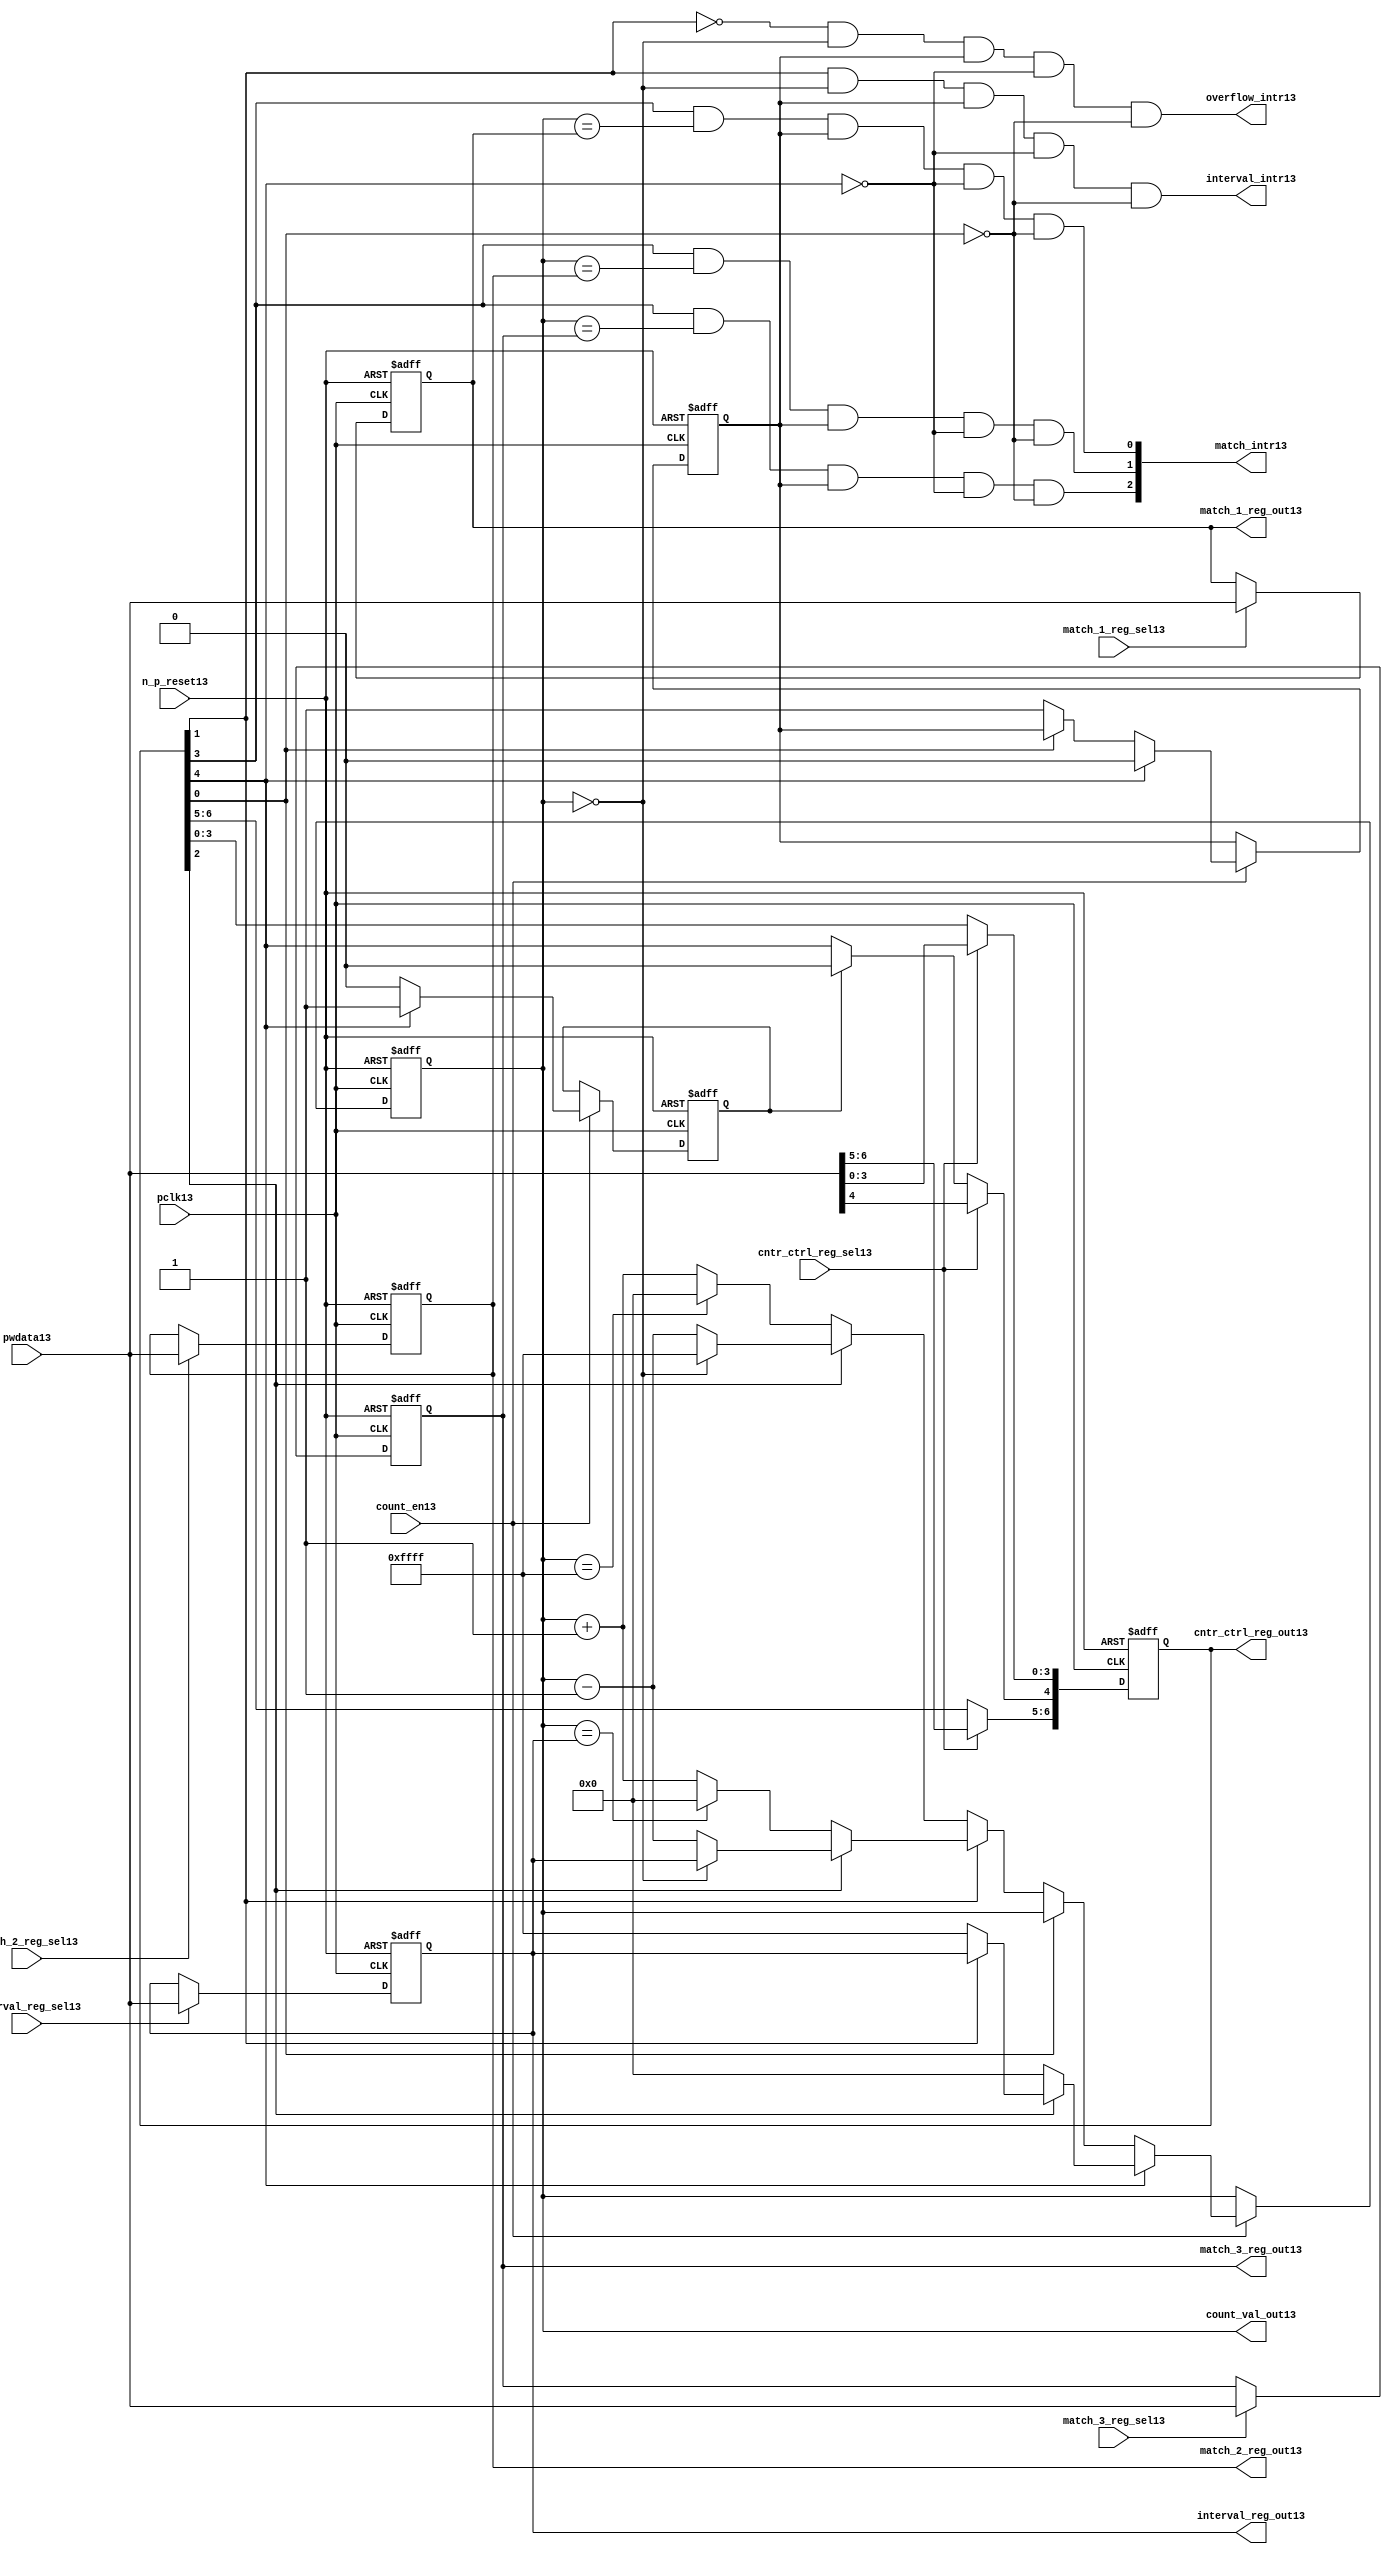
//File13 name   : ttc_counter_lite13.v
//Title13       : 
//Created13     : 1999
//Description13 :The counter can increment and decrement.
//   In increment mode instead of counting13 to its full 16 bit
//   value the counter counts13 up to or down from a programmed13 interval13 value.
//   Interrupts13 are issued13 when the counter overflows13 or reaches13 it's interval13
//   value. In match mode if the count value equals13 that stored13 in one of three13
//   match registers an interrupt13 is issued13.
//Notes13       : 
//----------------------------------------------------------------------
//   Copyright13 1999-2010 Cadence13 Design13 Systems13, Inc13.
//   All Rights13 Reserved13 Worldwide13
//
//   Licensed13 under the Apache13 License13, Version13 2.0 (the
//   "License13"); you may not use this file except13 in
//   compliance13 with the License13.  You may obtain13 a copy of
//   the License13 at
//
//       http13://www13.apache13.org13/licenses13/LICENSE13-2.0
//
//   Unless13 required13 by applicable13 law13 or agreed13 to in
//   writing, software13 distributed13 under the License13 is
//   distributed13 on an "AS13 IS13" BASIS13, WITHOUT13 WARRANTIES13 OR13
//   CONDITIONS13 OF13 ANY13 KIND13, either13 express13 or implied13.  See
//   the License13 for the specific13 language13 governing13
//   permissions13 and limitations13 under the License13.
//----------------------------------------------------------------------
//


module ttc_counter_lite13(

  //inputs13
  n_p_reset13,    
  pclk13,          
  pwdata13,              
  count_en13,
  cntr_ctrl_reg_sel13, 
  interval_reg_sel13,
  match_1_reg_sel13,
  match_2_reg_sel13,
  match_3_reg_sel13,         

  //outputs13    
  count_val_out13,
  cntr_ctrl_reg_out13,
  interval_reg_out13,
  match_1_reg_out13,
  match_2_reg_out13,
  match_3_reg_out13,
  interval_intr13,
  match_intr13,
  overflow_intr13

);


//--------------------------------------------------------------------
// PORT DECLARATIONS13
//--------------------------------------------------------------------

   //inputs13
   input          n_p_reset13;         //reset signal13
   input          pclk13;              //System13 Clock13
   input [15:0]   pwdata13;            //6 Bit13 data signal13
   input          count_en13;          //Count13 enable signal13
   input          cntr_ctrl_reg_sel13; //Select13 bit for ctrl_reg13
   input          interval_reg_sel13;  //Interval13 Select13 Register
   input          match_1_reg_sel13;   //Match13 1 Select13 register
   input          match_2_reg_sel13;   //Match13 2 Select13 register
   input          match_3_reg_sel13;   //Match13 3 Select13 register

   //outputs13
   output [15:0]  count_val_out13;        //Value for counter reg
   output [6:0]   cntr_ctrl_reg_out13;    //Counter13 control13 reg select13
   output [15:0]  interval_reg_out13;     //Interval13 reg
   output [15:0]  match_1_reg_out13;      //Match13 1 register
   output [15:0]  match_2_reg_out13;      //Match13 2 register
   output [15:0]  match_3_reg_out13;      //Match13 3 register
   output         interval_intr13;        //Interval13 interrupt13
   output [3:1]   match_intr13;           //Match13 interrupt13
   output         overflow_intr13;        //Overflow13 interrupt13

//--------------------------------------------------------------------
// Internal Signals13 & Registers13
//--------------------------------------------------------------------

   reg [6:0]      cntr_ctrl_reg13;     // 5-bit Counter13 Control13 Register
   reg [15:0]     interval_reg13;      //16-bit Interval13 Register 
   reg [15:0]     match_1_reg13;       //16-bit Match_113 Register
   reg [15:0]     match_2_reg13;       //16-bit Match_213 Register
   reg [15:0]     match_3_reg13;       //16-bit Match_313 Register
   reg [15:0]     count_val13;         //16-bit counter value register
                                                                      
   
   reg            counting13;          //counter has starting counting13
   reg            restart_temp13;   //ensures13 soft13 reset lasts13 1 cycle    
   
   wire [6:0]     cntr_ctrl_reg_out13; //7-bit Counter13 Control13 Register
   wire [15:0]    interval_reg_out13;  //16-bit Interval13 Register 
   wire [15:0]    match_1_reg_out13;   //16-bit Match_113 Register
   wire [15:0]    match_2_reg_out13;   //16-bit Match_213 Register
   wire [15:0]    match_3_reg_out13;   //16-bit Match_313 Register
   wire [15:0]    count_val_out13;     //16-bit counter value register

//-------------------------------------------------------------------
// Assign13 output wires13
//-------------------------------------------------------------------

   assign cntr_ctrl_reg_out13 = cntr_ctrl_reg13;    // 7-bit Counter13 Control13
   assign interval_reg_out13  = interval_reg13;     // 16-bit Interval13
   assign match_1_reg_out13   = match_1_reg13;      // 16-bit Match_113
   assign match_2_reg_out13   = match_2_reg13;      // 16-bit Match_213 
   assign match_3_reg_out13   = match_3_reg13;      // 16-bit Match_313 
   assign count_val_out13     = count_val13;        // 16-bit counter value
   
//--------------------------------------------------------------------
// Assigning13 interrupts13
//--------------------------------------------------------------------

   assign interval_intr13 =  cntr_ctrl_reg13[1] & (count_val13 == 16'h0000)
      & (counting13) & ~cntr_ctrl_reg13[4] & ~cntr_ctrl_reg13[0];
   assign overflow_intr13 = ~cntr_ctrl_reg13[1] & (count_val13 == 16'h0000)
      & (counting13) & ~cntr_ctrl_reg13[4] & ~cntr_ctrl_reg13[0];
   assign match_intr13[1]  =  cntr_ctrl_reg13[3] & (count_val13 == match_1_reg13)
      & (counting13) & ~cntr_ctrl_reg13[4] & ~cntr_ctrl_reg13[0];
   assign match_intr13[2]  =  cntr_ctrl_reg13[3] & (count_val13 == match_2_reg13)
      & (counting13) & ~cntr_ctrl_reg13[4] & ~cntr_ctrl_reg13[0];
   assign match_intr13[3]  =  cntr_ctrl_reg13[3] & (count_val13 == match_3_reg13)
      & (counting13) & ~cntr_ctrl_reg13[4] & ~cntr_ctrl_reg13[0];


//    p_reg_ctrl13: Process13 to write to the counter control13 registers
//    cntr_ctrl_reg13 decode:  0 - Counter13 Enable13 Active13 Low13
//                           1 - Interval13 Mode13 =1, Overflow13 =0
//                           2 - Decrement13 Mode13
//                           3 - Match13 Mode13
//                           4 - Restart13
//                           5 - Waveform13 enable active low13
//                           6 - Waveform13 polarity13
   
   always @ (posedge pclk13 or negedge n_p_reset13)
   begin: p_reg_ctrl13  // Register writes
      
      if (!n_p_reset13)                                   
      begin                                     
         cntr_ctrl_reg13 <= 7'b0000001;
         interval_reg13  <= 16'h0000;
         match_1_reg13   <= 16'h0000;
         match_2_reg13   <= 16'h0000;
         match_3_reg13   <= 16'h0000;  
      end    
      else 
      begin
         if (cntr_ctrl_reg_sel13)
            cntr_ctrl_reg13 <= pwdata13[6:0];
         else if (restart_temp13)
            cntr_ctrl_reg13[4]  <= 1'b0;    
         else 
            cntr_ctrl_reg13 <= cntr_ctrl_reg13;             

         interval_reg13  <= (interval_reg_sel13) ? pwdata13 : interval_reg13;
         match_1_reg13   <= (match_1_reg_sel13)  ? pwdata13 : match_1_reg13;
         match_2_reg13   <= (match_2_reg_sel13)  ? pwdata13 : match_2_reg13;
         match_3_reg13   <= (match_3_reg_sel13)  ? pwdata13 : match_3_reg13;   
      end
      
   end  //p_reg_ctrl13

   
//    p_cntr13: Process13 to increment or decrement the counter on receiving13 a 
//            count_en13 signal13 from the pre_scaler13. Count13 can be restarted13
//            or disabled and can overflow13 at a specified interval13 value.
   
   
   always @ (posedge pclk13 or negedge n_p_reset13)
   begin: p_cntr13   // Counter13 block

      if (!n_p_reset13)     //System13 Reset13
      begin                     
         count_val13 <= 16'h0000;
         counting13  <= 1'b0;
         restart_temp13 <= 1'b0;
      end
      else if (count_en13)
      begin
         
         if (cntr_ctrl_reg13[4])     //Restart13
         begin     
            if (~cntr_ctrl_reg13[2])  
               count_val13         <= 16'h0000;
            else
            begin
              if (cntr_ctrl_reg13[1])
                 count_val13         <= interval_reg13;     
              else
                 count_val13         <= 16'hFFFF;     
            end
            counting13       <= 1'b0;
            restart_temp13   <= 1'b1;

         end
         else 
         begin
            if (!cntr_ctrl_reg13[0])          //Low13 Active13 Counter13 Enable13
            begin

               if (cntr_ctrl_reg13[1])  //Interval13               
                  if (cntr_ctrl_reg13[2])  //Decrement13        
                  begin
                     if (count_val13 == 16'h0000)
                        count_val13 <= interval_reg13;  //Assumed13 Static13
                     else
                        count_val13 <= count_val13 - 16'h0001;
                  end
                  else                   //Increment13
                  begin
                     if (count_val13 == interval_reg13)
                        count_val13 <= 16'h0000;
                     else           
                        count_val13 <= count_val13 + 16'h0001;
                  end
               else    
               begin  //Overflow13
                  if (cntr_ctrl_reg13[2])   //Decrement13
                  begin
                     if (count_val13 == 16'h0000)
                        count_val13 <= 16'hFFFF;
                     else           
                        count_val13 <= count_val13 - 16'h0001;
                  end
                  else                    //Increment13
                  begin
                     if (count_val13 == 16'hFFFF)
                        count_val13 <= 16'h0000;
                     else           
                        count_val13 <= count_val13 + 16'h0001;
                  end 
               end
               counting13  <= 1'b1;
            end     
            else
               count_val13 <= count_val13;   //Disabled13
   
            restart_temp13 <= 1'b0;
      
         end
     
      end // if (count_en13)

      else
      begin
         count_val13    <= count_val13;
         counting13     <= counting13;
         restart_temp13 <= restart_temp13;               
      end
     
   end  //p_cntr13

endmodule